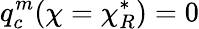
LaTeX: q_{c}^{m}(\chi=\chi_{R}^{*})=0